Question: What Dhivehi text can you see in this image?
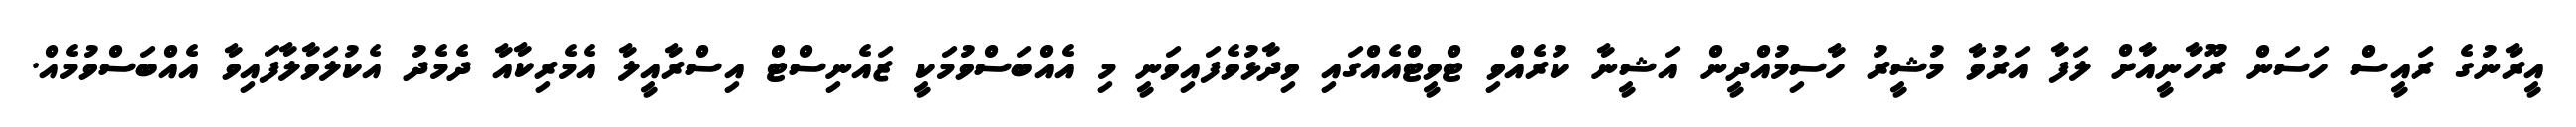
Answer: އީރާނުގެ ރައީސް ހަސަން ރޫހާނީއާށް ލަފާ އަރުވާ މުޝީރު ހާސިމުއްދީން އަޝީނާ ކުރެއްވި ޓްވީޓްއެއްގައި ވިދާޅުވެފައިވަނީ މި އެއްބަސްވުމަކީ ޒައެނިސްޓް އިސްރާއީލާ އެމެރިކާއާ ދެމެދު އެކުލަވާލާފައިވާ އެއްބަސްވުމެއް.